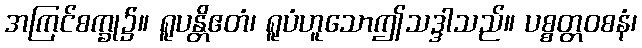
အကြင်စက္ခု၌။ ရူပန္တိဧတံ၊ ရူပံဟူသောဤသဒ္ဒါသည်။ ပစ္စတ္တဝစနံ၊